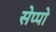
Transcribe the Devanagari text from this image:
सेप्पो